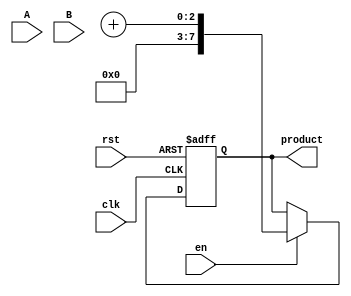
module wallace_tree_multiplier #(parameter N = 4) (
    input wire [N-1:0] A,
    input wire [N-1:0] B,
    input wire clk,
    input wire rst,
    input wire en,
    output reg [2*N-1:0] product
);

// Partial product generation
wire [N-1:0] pp [N-1:0]; // Partial products
genvar i;
generate
    for (i = 0; i < N; i = i + 1) begin : partial_product_gen
        assign pp[i] = A & {N{B[i]}};
    end
endgenerate

// Wallace Tree Reduction
wire [N:0] sum [N:0]; // Sums for each stage
wire [N:0] carry [N:0]; // Carries for each stage

// Initial stage
generate
    for (i = 0; i < N; i = i + 1) begin : stage_0
        assign sum[0][i] = pp[i][0];
        assign carry[0][i] = pp[i][1];
    end
endgenerate

// Reduction stages
genvar j, k;
generate
    for (j = 0; j < N-1; j = j + 1) begin : reduction_stages
        for (k = 0; k < (N >> (j + 1)); k = k + 1) begin : stage
            wire [N:0] temp_sum, temp_carry;
            if (j == 0) begin
                assign temp_sum = sum[j][2*k] + sum[j][2*k + 1];
                assign temp_carry = carry[j][2*k] + carry[j][2*k + 1];
            end else begin
                assign temp_sum = sum[j][2*k] + sum[j][2*k + 1] + carry[j][2*k];
                assign temp_carry = carry[j][2*k] + carry[j][2*k + 1];
            end
            assign sum[j+1][k] = temp_sum;
            assign carry[j+1][k] = temp_carry;
        end
    end
endgenerate

// Final addition
wire [2*N-1:0] final_sum;
assign final_sum = {carry[N-1][0], sum[N-1][0]} + {carry[N-1][1], sum[N-1][1]};

// Output logic
always @(posedge clk or posedge rst) begin
    if (rst) begin
        product <= 0;
    end else if (en) begin
        product <= final_sum;
    end
end

endmodule